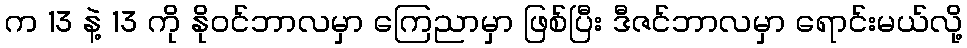
က 13 နဲ့ 13 ကို နိုဝင်ဘာလမှာ ကြေညာမှာ ဖြစ်ပြီး ဒီဇင်ဘာလမှာ ရောင်းမယ်လို့